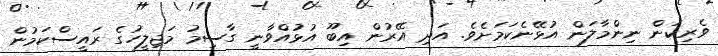
ވެރިކަން ނިންމާލަން އުޅޭނެކަމަށެވެ. އަދި އޭރުން އިބޫ އުޅުއްވާނީ ގާސިމު މަޖިލީހުގެ ރައީސްކަމުން